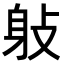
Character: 𨈙